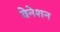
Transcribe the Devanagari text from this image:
वेनेशन